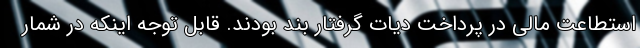
استطاعت مالی در پرداخت دیات گرفتار بند بودند. قابل توجه اینکه در شمار